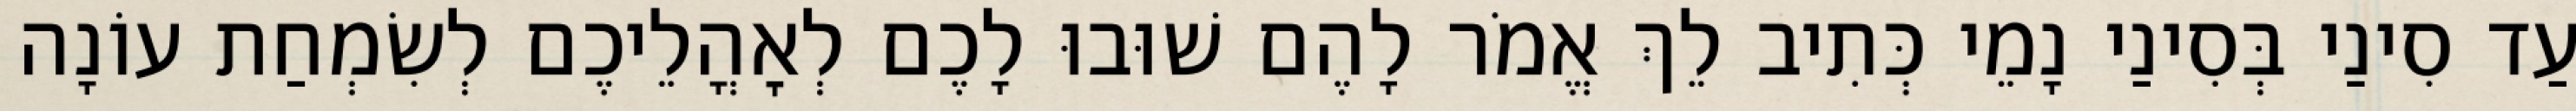
עַד סִינַי בְּסִינַי נָמֵי כְּתִיב לֵךְ אֱמֹר לָהֶם שׁוּבוּ לָכֶם לְאׇהֳלֵיכֶם לְשִׂמְחַת עוֹנָה